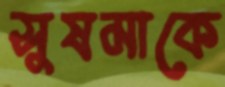
সুষমাকে